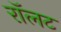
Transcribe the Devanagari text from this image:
रॉलट